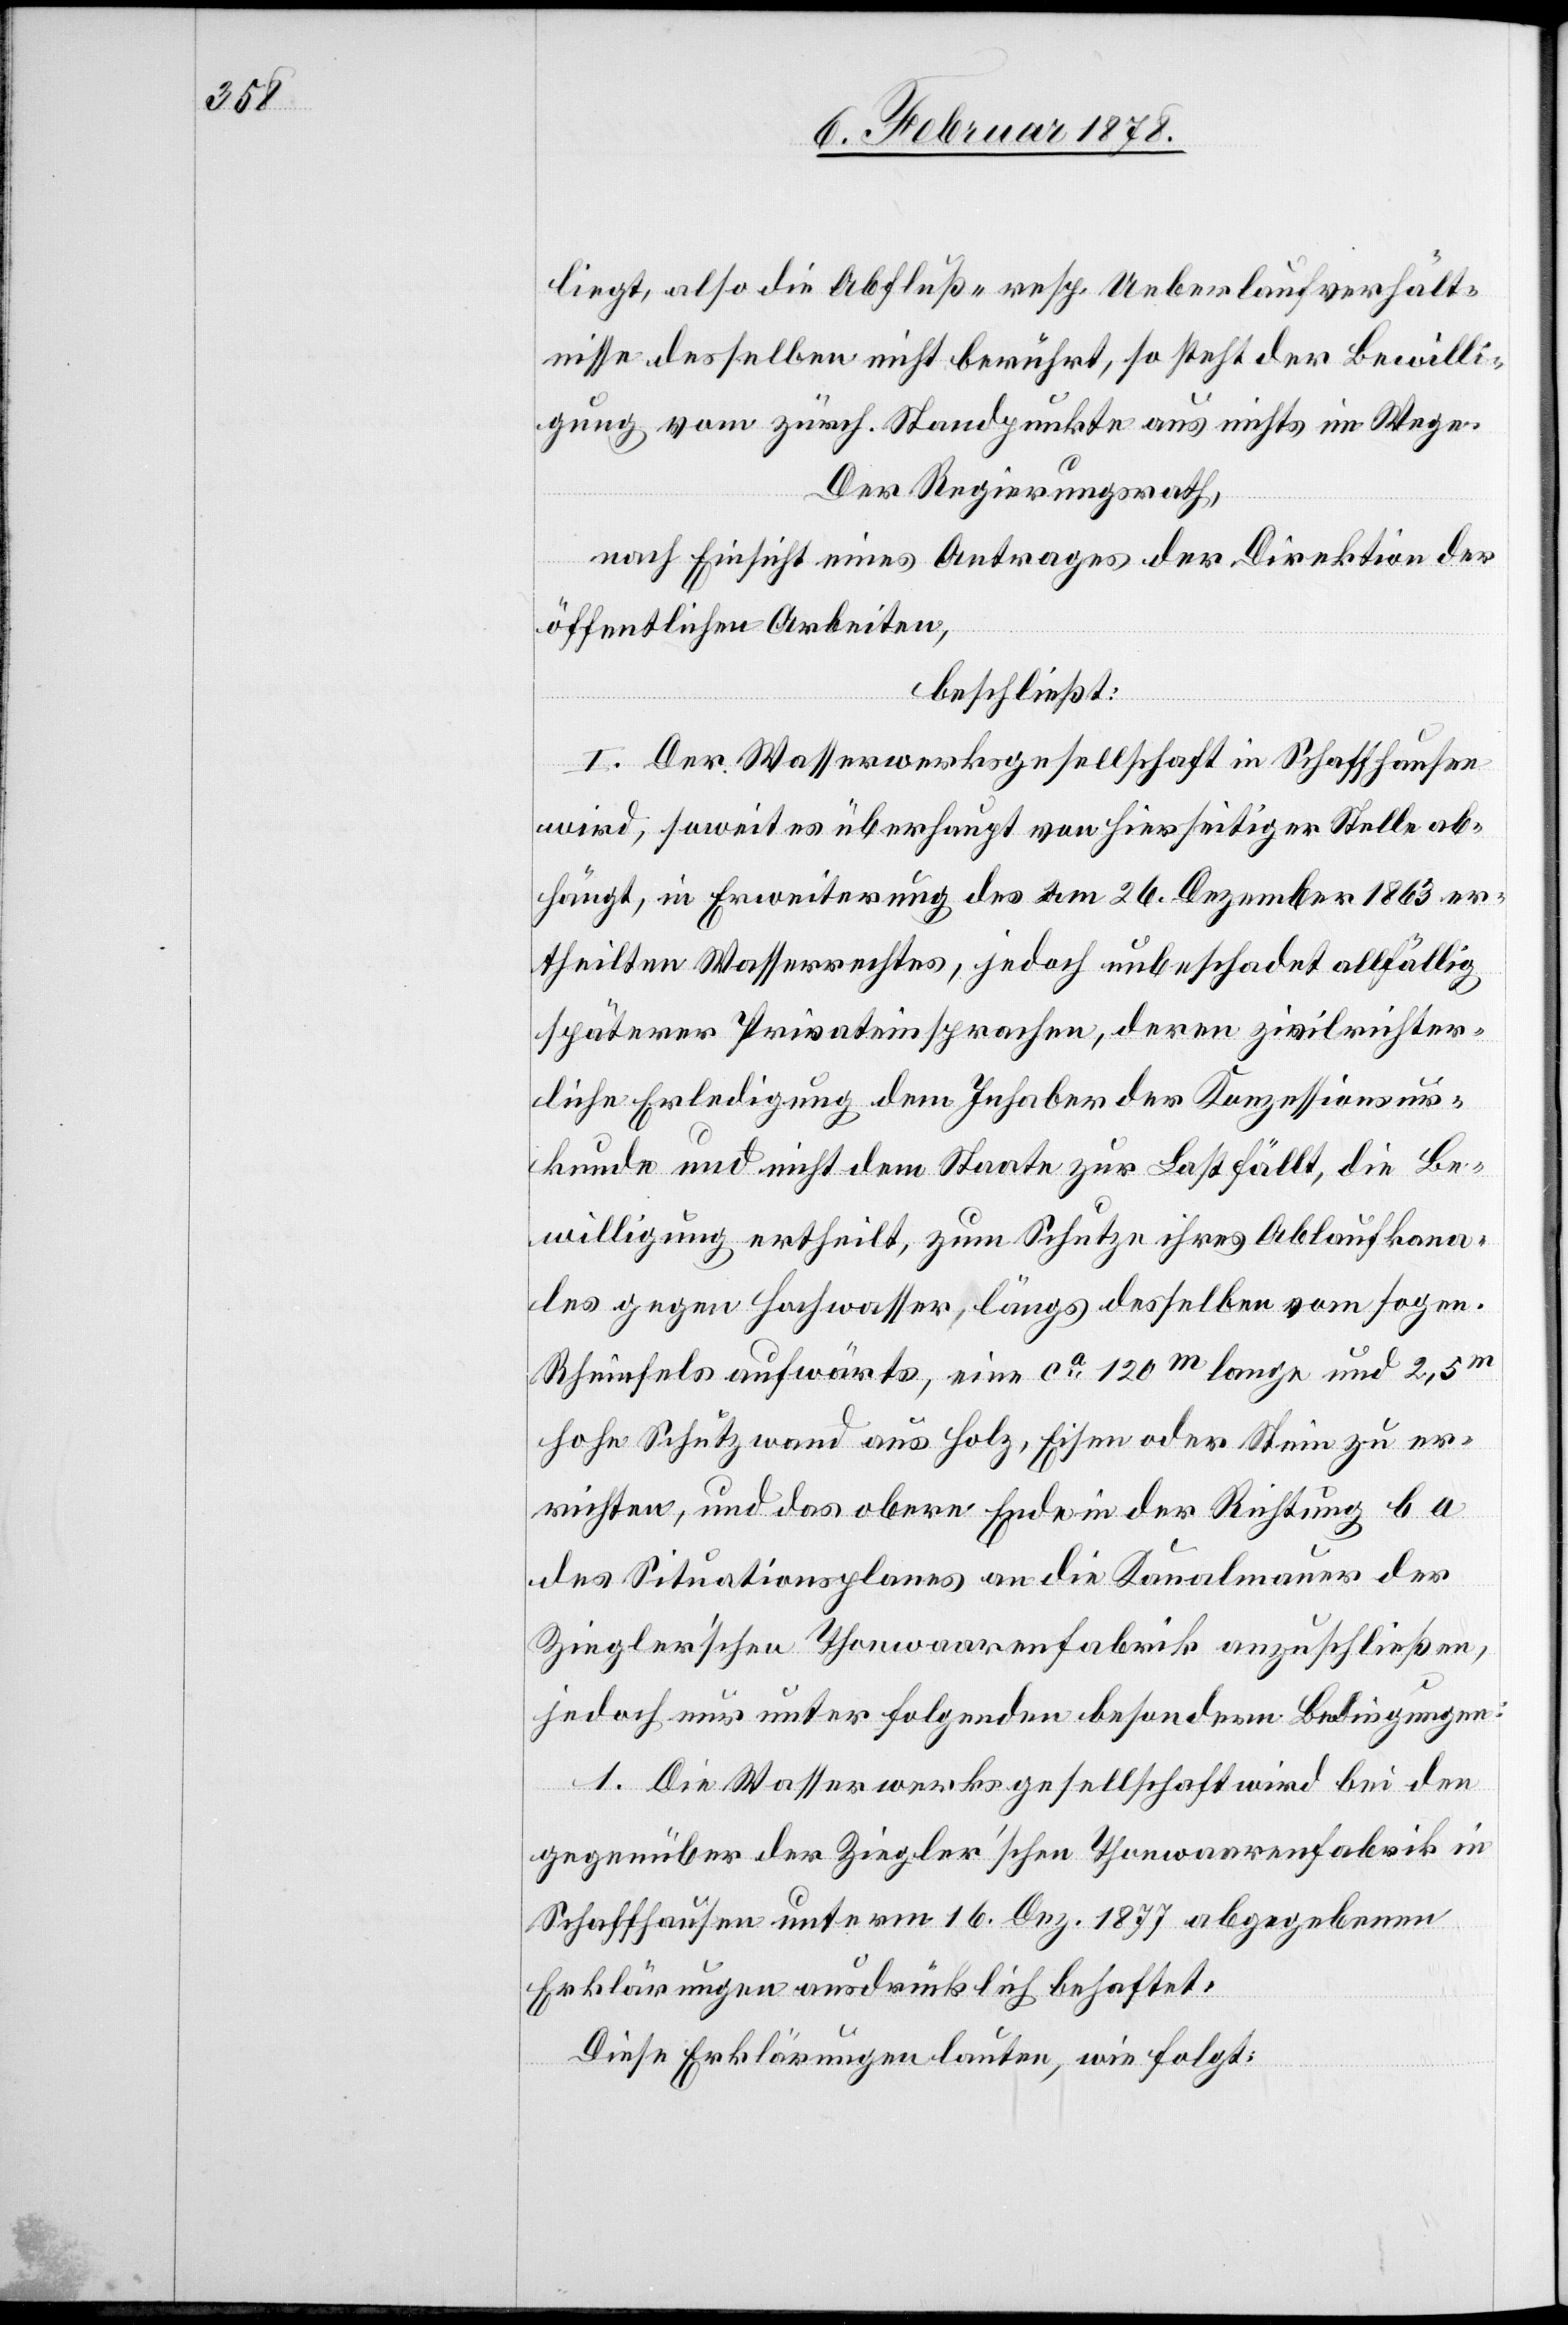
liegt, also die Abfluß- resp Ueberlaufverhält¬
nisse desselben nicht berührt, so steht der Bewilli¬
gung vom zürch. Standpunkte aus nichts im Wege.
Der Regierungsrath,
nach Einsicht eines Antrages der Direktion der
öffentlichen Arbeiten,
beschließt:
I. Der Wasserwerksgesellschaft in Schaffhausen
wird, soweit es überhaupt von hierseitiger Stelle ab¬
hängt, in Erweiterung des am 26. Dezember 1863 er¬
theilten Wasserrechtes, jedoch unbeschadet allfällig
späterer Privateinsprachen, deren zivilrichter¬
liche Erledigung dem Inhaber der Konzessionsur¬
kunde und nicht dem Staate zur Last fällt, die Be¬
willigung ertheilt, zum Schutze ihres Ablaufkana¬
les gegen Hochwasser, längs desselben vom sogen.
Rheinfels aufwärts, eine ca. 120m lange und 2,5m
hohe Schutzwand aus Holz, Eisen oder Stein zu er¬
richten, und das obere Ende in der Richtung b a
des Situationsplanes an die Kanalmauer der
Ziegler’schen Thonwaarenfabrik anzuschließen,
jedoch nur unter folgenden besondern Bedingungen:
1. Die Wasserwerksgesellschaft wird bei den
gegenüber der Ziegler’schen Thonwaarenfabrik in
Schaffhausen unterm 16. Dez. 1877 abgegebenen
Erklärungen ausdrücklich behaftet:
Diese Erklärungen lauten wie folgt: